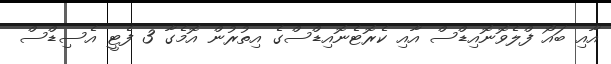
އާއި ބައޯ ފްލެވޮނޮއިޑްސް އާއި ކެރޮޓެނޮއިޑްސްގެ އިތުރުން އޮމެގާ 3 ފެޓީ އެސިޑްސް